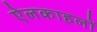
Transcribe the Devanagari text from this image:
ऐलकाहलों